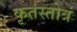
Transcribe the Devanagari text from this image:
कृतंस्तोत्रं